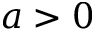
a > 0